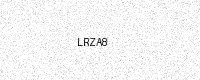
Text: LRZA8